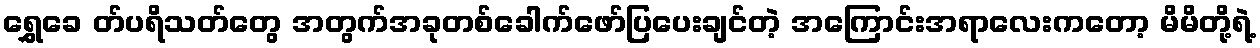
ရွှေခေ တ်ပရိသတ်တွေ အတွက်အခုတစ်ခေါက်ဖော်ပြပေးချင်တဲ့ အကြောင်းအရာလေးကတော့ မိမိတို့ရဲ့